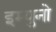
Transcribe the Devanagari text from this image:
इम्युनो